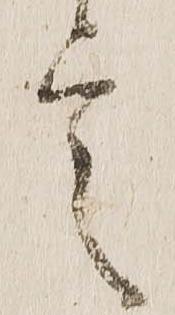
言